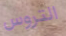
التروس